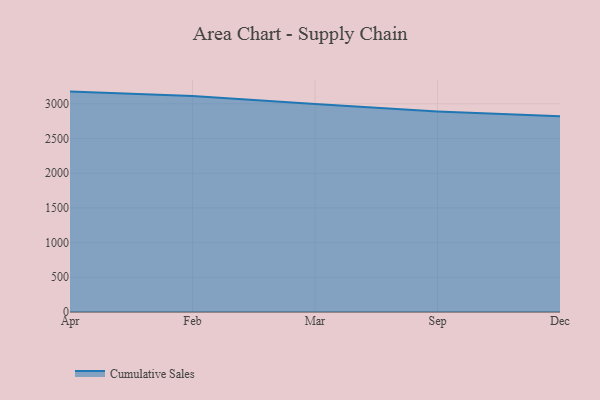
{"axis": {"x": "Month", "y": "Temperature (°C)"}, "legend": ["Cumulative Sales"], "data": [{"x": "Apr", "y": 3175.0, "type": "Cumulative Sales"}, {"x": "Feb", "y": 3109.9, "type": "Cumulative Sales"}, {"x": "Mar", "y": 2995.8, "type": "Cumulative Sales"}, {"x": "Sep", "y": 2889.0, "type": "Cumulative Sales"}, {"x": "Dec", "y": 2818.2, "type": "Cumulative Sales"}]}